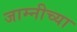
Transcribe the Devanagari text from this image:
जाम्नीच्या